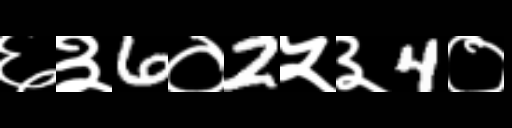
Text: ६३6०2५३4०